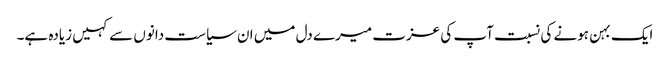
ایک بہن ہونے کی نسبت آپ کی عزت میرے دل میں ان سیاست دانوں سے کہیں زیادہ ہے۔